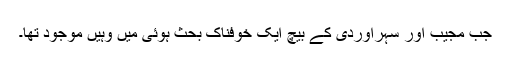
جب مجیب اور سہراوردی کے بیچ ایک خوفناک بحث ہوئی میں وہیں موجود تھا۔